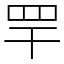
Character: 䍐